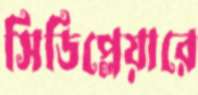
সিডিপ্লেয়ারে